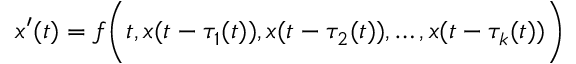
x ^ { \prime } ( t ) = f { \biggl ( } t , x ( t - \tau _ { 1 } ( t ) ) , x ( t - \tau _ { 2 } ( t ) ) , \ldots , x ( t - \tau _ { k } ( t ) ) { \biggr ) }